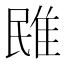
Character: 𨾧